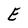
Character: E